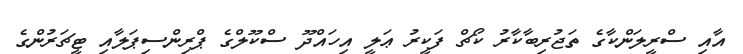
އާއި ސްރީލަންކާގެ ތަޖުރިބާކާރު ކޯޗް ފަކީރު ޢަލީ އިހައްދޫ ސްކޫލްގެ ޕްރިންސިޕަލާއި ޓީޗަރުންގެ